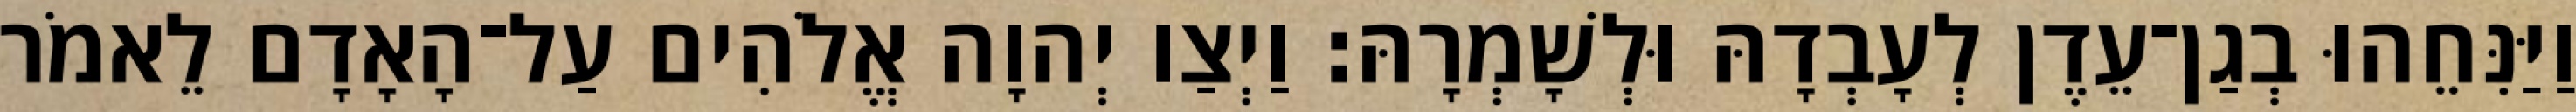
וַיַּנִּחֵהוּ בְגַן־עֵדֶן לְעָבְדָהּ וּלְשָׁמְרָהּ׃ וַיְצַו יְהוָה אֱלֹהִים עַל־הָאָדָם לֵאמֹר